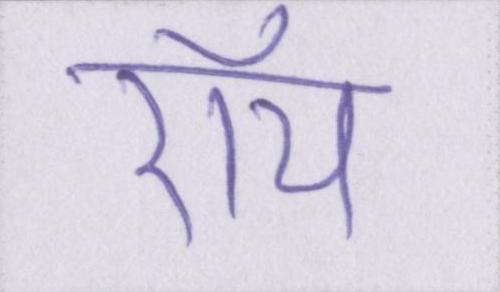
रॉय